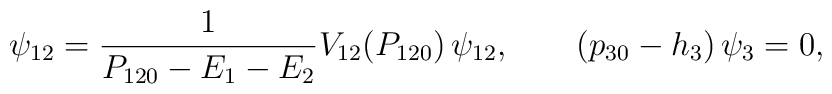
\psi_{12}={1\over P_{120}-E_1-E_2 }V_{12}(P_{120})\,\psi_{12}, \qquad(p_{30}-h_3)\,\psi_3=0,